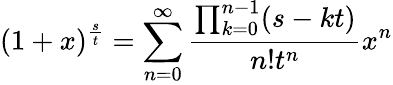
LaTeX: (1+x)^{\frac{s}{t}}=\sum_{n=0}^{\infty}{\frac{\prod_{k=0}^{n-1}(s-kt)}{n!t^{n}}}x^{n}